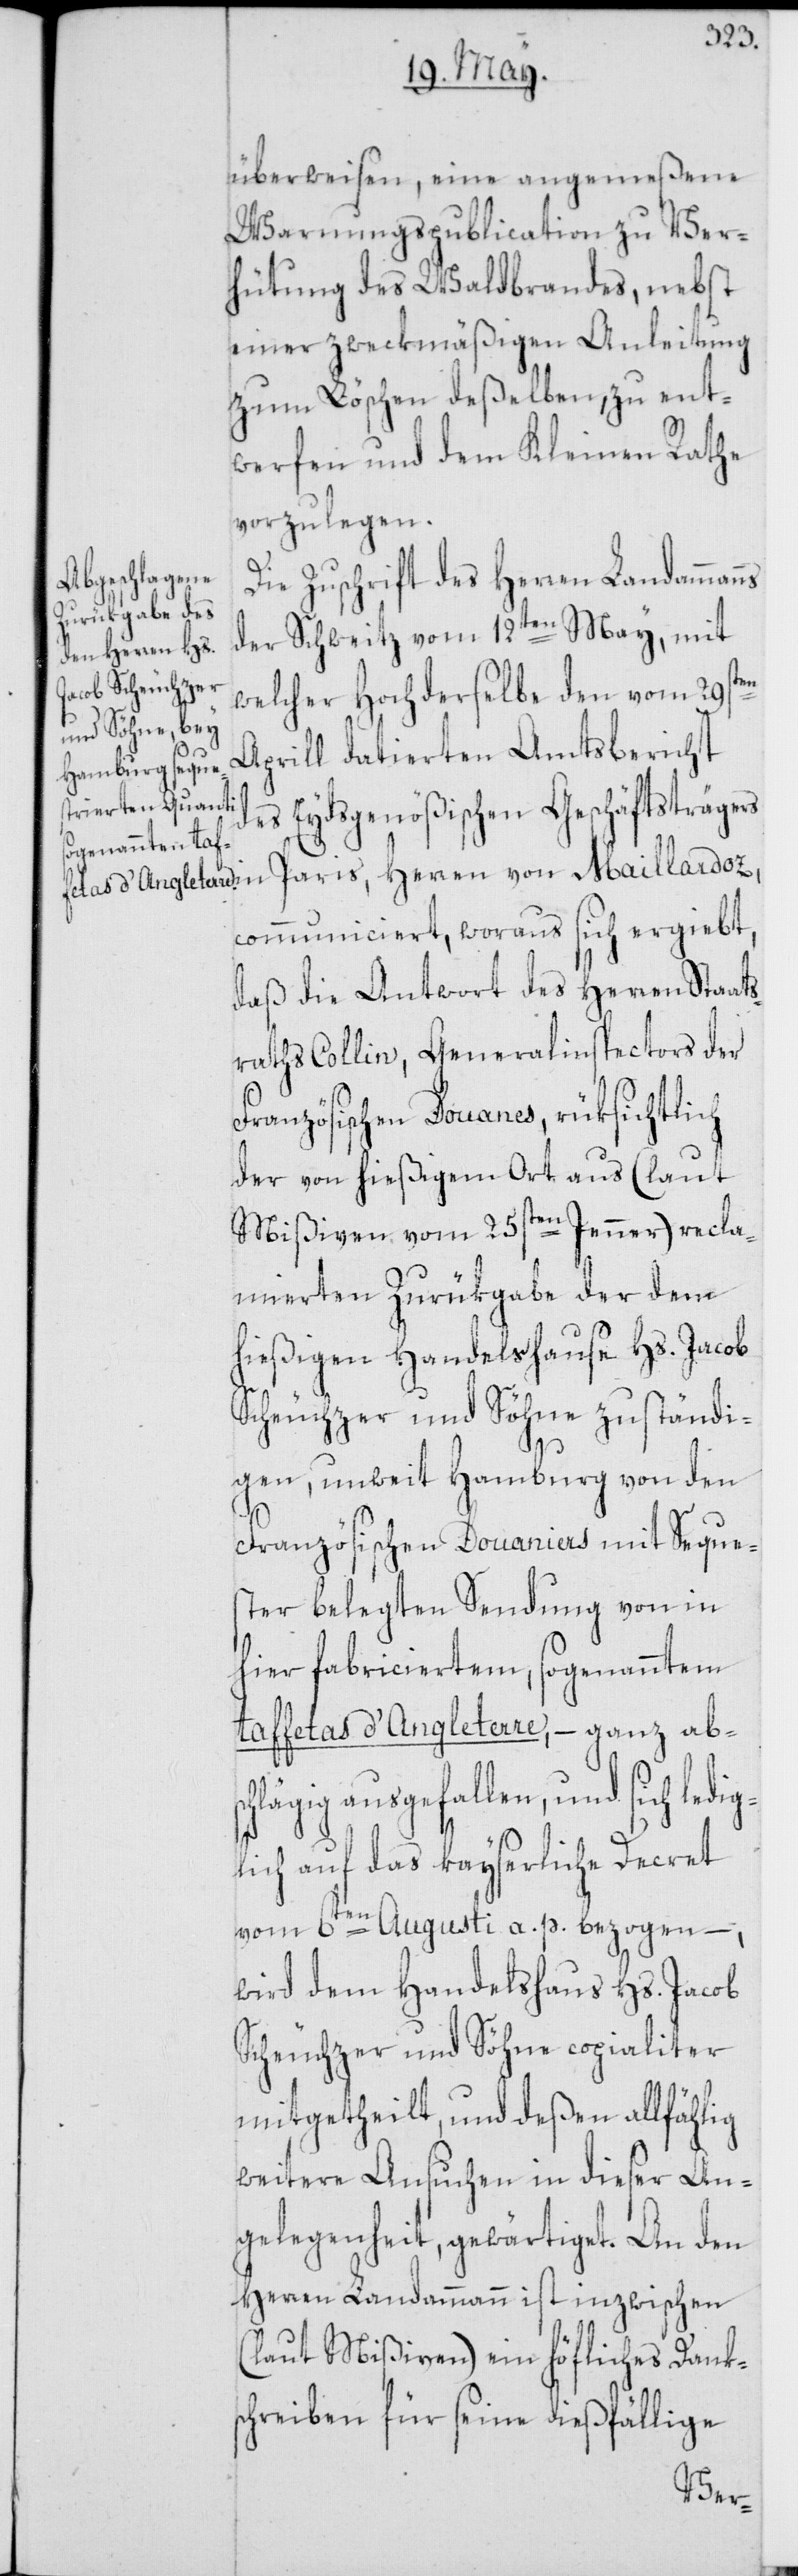
überweisen, eine angemeßene
Warnungspublication zu Ver¬
hütung des Waldbrandes, nebst
einer zweckmäßigen Anleitung
zum Löschen deßelben, zu ent¬
werfen und dem Kleinen Rathe
vorzulegen.
Die Zuschrift des Herren Landamman¬
der Schweitz vom 12ten May, mit
welcher Hochderselbe den vom 29sten
Aprill datierten Amtsbericht
es Eydsgenößischen Geschäftsträger¬
s in Paris, Herren von Maillardoz,
communiciert, woraus sich ergiebt,
daß die Antwort des Herren Staats¬
raths Collin, Generalinspectors der
Französischen Douanes, rüksichtlich
der von hießigem Ort aus (laut
Mißiven vom 25sten Jenner) recla¬
mierten Zurükgabe der dem
hießigen Handelshause Hs. Jacob
Scheuchzer und Söhne zuständi¬
gen, unweit Hamburg von den
Französischen Douaniers mit Seque¬
ster belegten Sendung von in
hier fabriciertem, sogenanntem
taffetas d’Angleterre, – ganz abs¬
chlägig ausgefallen, und sich ledi¬
g¬
lich auf das kayserliche Decret
vom 6ten Augusti a. p. bezogen –,
wird dem Handelshaus Hs. Jacob
Scheuchzer und Söhne copialiter
mitgetheilt, und deßen allfählig
weitere Ansuchen in dieser An¬
gelegenheit, gewärtiget. An den
Herren Landammann ist inzwischen
(laut Mißiven) ein höfliches Dank¬
schreiben für seine dießfällige